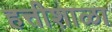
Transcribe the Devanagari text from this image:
हत्तीशाळा